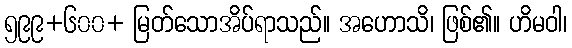
၅၉၉+၆၀၀+ မြတ်သောအိပ်ရာသည်။ အဟောသိ၊ ဖြစ်၏။ ဟိမဝါ၊